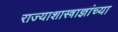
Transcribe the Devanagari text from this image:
राज्याशास्त्राज्ञांच्या